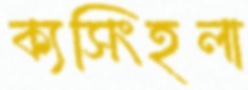
ক্যসিংহলা